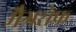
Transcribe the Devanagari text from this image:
मैगसेफ